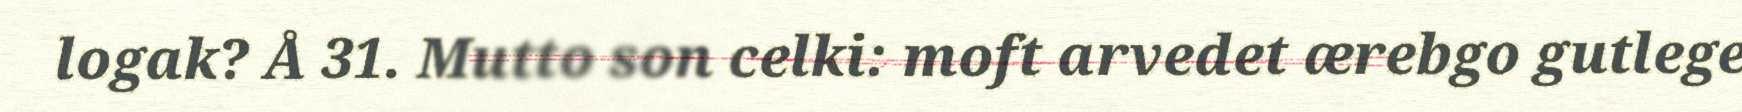
logak? Å 31. Mutto son celki: moft arvedet ærebgo gutlege